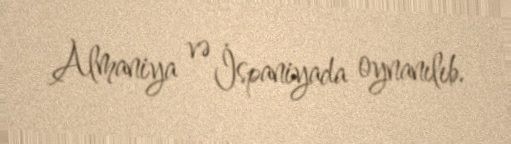
Almaniya və İspaniyada oynanılıb.